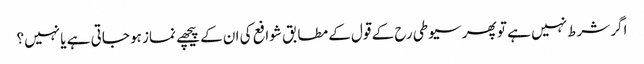
اگر شرط نہیں ہے تو پھر سیوطی رح کے قول کے مطابق شوافع کی ان کے پیچھے نماز ہو جاتی ہے یا نہیں؟